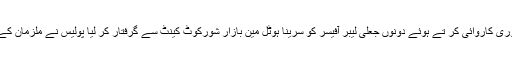
جس پر موقع پر موجود افراد کو شک گزرا تو انہوں نے وقوعہ کی اطلاع مقامی پولیس کو دی جنہوں نے فوری کاروائی کر تے ہوئے دونوں جعلی لیبر آفیسر کو سرینا ہوٹل مین بازار شورکوٹ کینٹ سے گرفتار کر لیا پولیس نے ملزمان کے خلاف بجرم زیر دفعہ 420/419،170ت پ کے تحت مقدمہ درج کر کے مزید تفتیش شروع کردی ہے۔